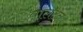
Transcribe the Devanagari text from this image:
वालटन